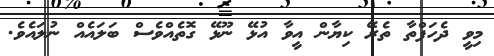
މިވީ ދެހަފްތާ ތެރޭ ކިޔާން އީވާ އުޅޭ ނޫޅޭ ގޮތެއްވެސް ބަލައެއް ނުލައެވެ.